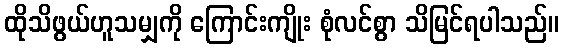
ထိုသိဖွယ်ဟူသမျှကို ကြောင်းကျိုး စုံလင်စွာ သိမြင်ရပါသည်။